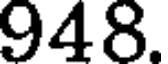
948.